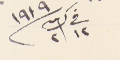
فى ١٢ ك٢ ١٩١٩